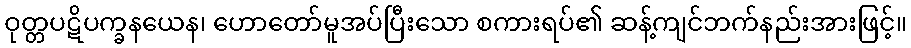
ဝုတ္တပဋိပက္ခနယေန၊ ဟောတော်မူအပ်ပြီးသော စကားရပ်၏ ဆန့်ကျင်ဘက်နည်းအားဖြင့်။